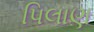
પિલાણ